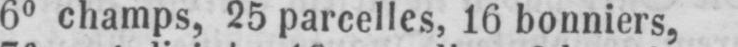
6° champs, 25 parcelles, 16 bonniers,